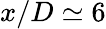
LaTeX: x/D\simeq 6